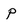
Character: p